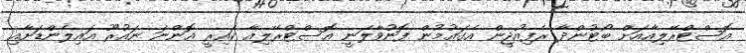
އޮސްޓްރޭލިއާއަށް ބޯޓުންދާ ރެފިއުޖީން އެގައުމުން ފޮނުވާލަނީ އޮސްޓްރޭލިއާ ކައިރީ އޮންނަ ނައުރޫ އައިލެންޑަށާއި